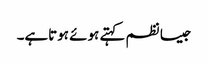
جیسا نظم کہتے ہوئے ہوتاہے۔